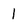
Character: I